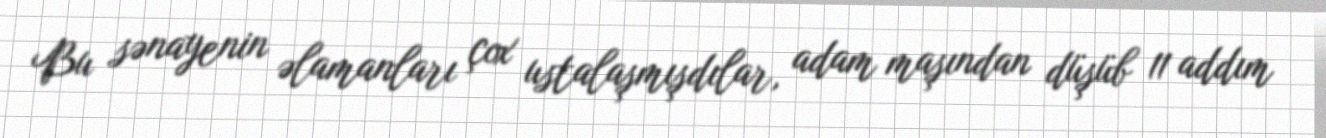
Bu sənayenin əlamanları çox ustalaşmışdılar, adam maşından düşüb 11 addım